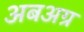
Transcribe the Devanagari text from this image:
अबअग्र